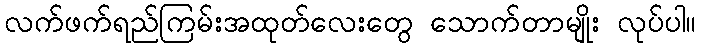
လက်ဖက်ရည်ကြမ်းအထုတ်လေးတွေ သောက်တာမျိုး လုပ်ပါ။